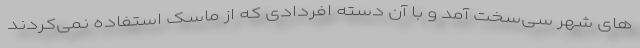
های شهر سی‌سخت آمد و با آن دسته افردادی که از ماسک استفاده نمی‌کردند